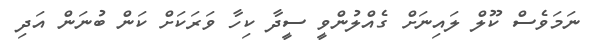
ނަމަވެސް ކޫލް ލައިނަށް ގެއްލުންވީ ސީދާ ކިހާ ވަރަކަށް ކަން ބުނަން އަދި